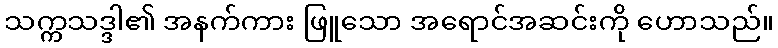
သက္ကသဒ္ဒါ၏ အနက်ကား ဖြူသော အရောင်အဆင်းကို ဟောသည်။